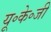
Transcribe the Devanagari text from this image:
यू॰के॰जी